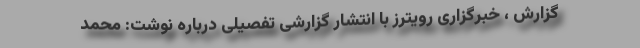
گزارش ، خبرگزاری رویترز با انتشار گزارشی تفصیلی درباره نوشت: محمد